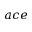
a c e